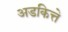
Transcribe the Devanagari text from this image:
अडकित्ते